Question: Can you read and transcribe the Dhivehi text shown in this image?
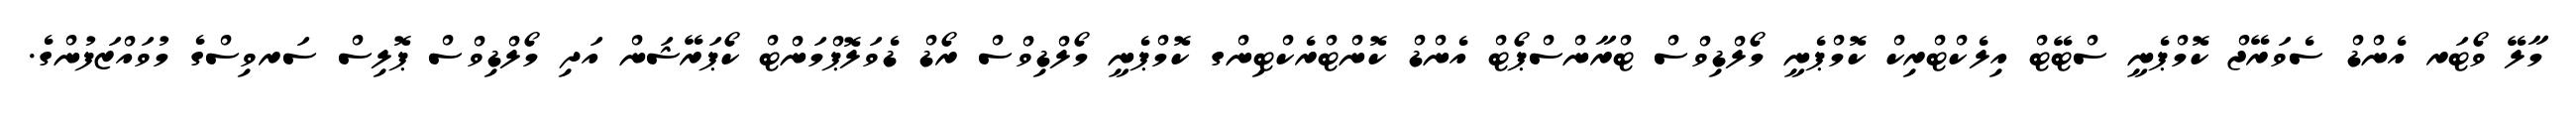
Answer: މާލޭ ވޯޓަރ އެންޑް ސެވަރޭޖް ކޮމްޕެނީ ސްޓޭޓް އިލެކްޓްރިކް ކޮމްޕެނީ މޯލްޑިވްސް ޓްރާންސްޕޯޓް އެންޑް ކޮންޓްރެކްޓިންގ ކޮމްޕެނީ މޯލްޑިވްސް ރޯޑް ޑެވަލޮޕްމަންޓް ކޯޕަރޭޝަން އަދި މޯލްޑިވްސް ޕޮލިސް ސަރވިސްގެ މުވައްޒަފުންގެ.